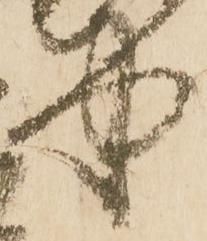
中